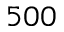
5 0 0